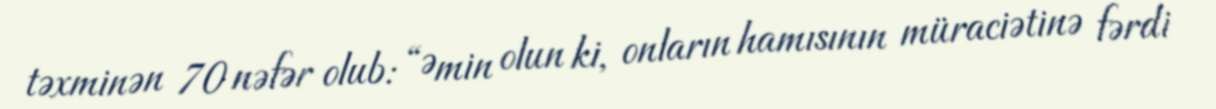
təxminən 70 nəfər olub: “Əmin olun ki, onların hamısının müraciətinə fərdi